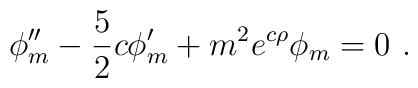
\phi_m^{\prime\prime} -\frac{5}{2} c \phi_m^\prime + m^2 e^{c\rho}      \phi_m = 0~.